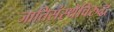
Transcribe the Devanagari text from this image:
जातिसंस्थेविरुद्ध